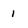
Character: 1